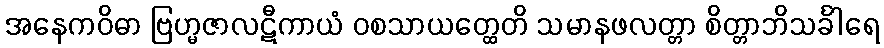
အနေကဝိဓာ ဗြဟ္မဇာလဋီကာယံ ဝစသာယတ္ထေတိ သမာနဖလတ္တာ စိတ္တာဘိသင်္ခါရေ